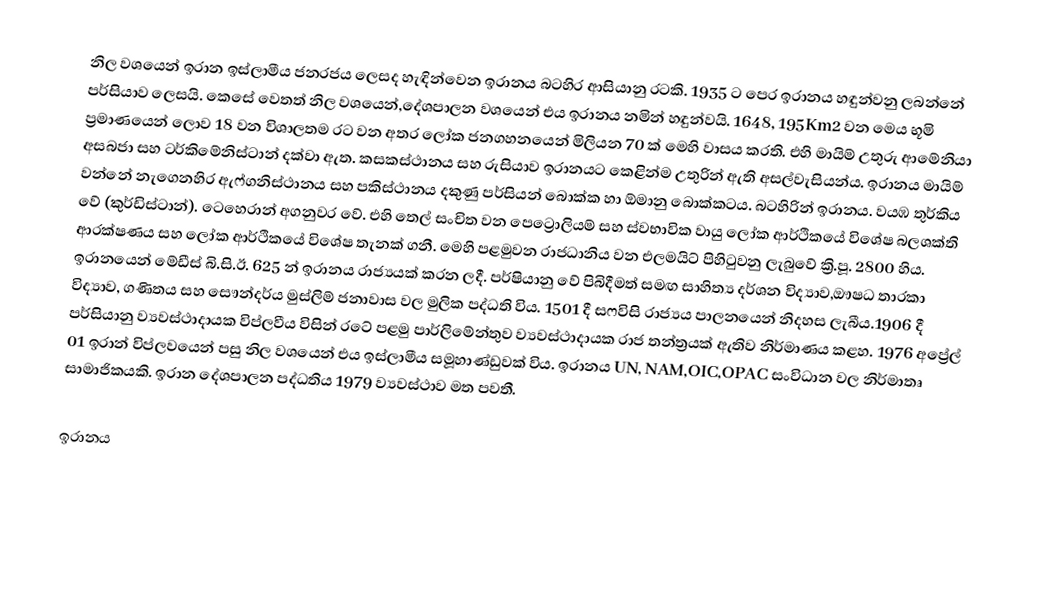
නිල වශයෙන් ඉරාන ඉස්ලාමීය ජනරජය ලෙසද හැඳින්වෙන ඉරානය බටහිර ආසියානු රටකි. 1935 ට පෙර ඉරානය හඳුන්වනු ලබන්නේ පර්සියාව ලෙසයි. කෙසේ වෙතත් නිල වශයෙන්,දේශපාලන වශයෙන් එය ඉරානය නමින් හඳුන්වයි. 1648, 195Km2 වන මෙය භූමි ප්‍රමාණයෙන් ලොව 18 වන විශාලතම රට වන අතර ලෝක ජනගහනයෙන් මිලියන 70 ක් මෙහි වාසය කරති. එහි මායිම් උතුරු ආමේනියා අසබජා සහ ටර්කිමේනිස්ටාන් දක්වා ඇත. කසකස්ථානය සහ රුසියාව ඉරානයට කෙළින්ම උතුරින් ඇති අසල්වැසියන්ය. ඉරානය මායිම් වන්නේ නැගෙනහිර ඇෆ්ගනිස්ථානය සහ පකිස්ථානය දකුණු පර්සියන් බොක්ක හා ඕමානු බොක්කටය. බටහිරින් ඉරානය. වයඹ තුර්කිය වේ (කුර්ඩිස්ටාන්). ටෙහෙරාන් අගනුවර වේ. එහි තෙල් සංචිත වන පෙට්‍රොලියම් සහ ස්වභාවික වායු ලෝක ආර්ථිකයේ විශේෂ බලශක්ති ආරක්ෂණය සහ ලෝක ආර්ථිකයේ විශේෂ තැනක් ගනී. මෙහි පළමුවන රාජධානිය වන එලමයිට් පිහිටුවනු ලැබුවේ ක්‍රි.පූ. 2800 හිය. ඉරානයෙන් මේඩීස් බි.සි.ඊ. 625 න් ඉරානය රාජ්‍යයක් කරන ලදී. පර්ෂියානු වේ පිබිදීමත් සමඟ සාහිත්‍ය දර්ශන විද්‍යාව,ඖෂධ තාරකා විද්‍යාව, ගණිතය සහ සෞන්දර්ය මුස්ලිම් ජනාවාස වල මුලික පද්ධති විය. 1501 දී සෆවිසි රාජ්‍යය පාලනයෙන් නිදහස ලැබීය.1906 දී පර්සියානු ව්‍යවස්ථාදායක විප්ලවීය විසින් රටේ පළමු පාර්ලිමේන්තුව ව්‍යවස්ථාදායක රාජ තන්ත්‍රයක් ඇතිව නිර්මාණය කළහ. 1976 අප්‍රේල් 01 ඉරාන් විප්ල‍වයෙන් පසු නිල වශයෙන් එය ඉස්ලාමීය සමූහාණ්ඩුවක් විය. ඉරානය UN, NAM,OIC,OPAC සංවිධාන වල නිර්මාතෘ සාමාජිකයකි. ඉරාන දේශපාලන පද්ධතිය 1979 ව්‍යවස්ථාව මත පවතී.

ඉරානය